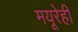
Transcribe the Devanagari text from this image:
मयूरेही